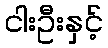
ငါးဦးနှင့်